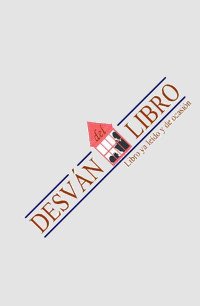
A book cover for Kama Sutra y Ananga Ranga (Spanish Edition); Anonimo; Religion & Spirituality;